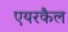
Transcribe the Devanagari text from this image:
एयरकैल